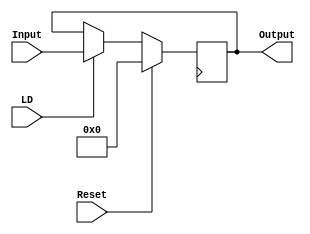
module RegistroCorrelacion # (parameter SAMPLES=128, parameter OSF=8)(Reset, LD, Input, Output);
    input wire Reset;
    input wire LD;
    input wire [$clog2(SAMPLES*OSF):0] Input;
    output reg [$clog2(SAMPLES*OSF):0] Output;
    
    always @(posedge Clk)
        if(Reset)
            Output=0;
        else if(LD)
            Output=Input;
        else
            Output=Output;

endmodule